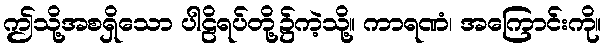
ဤသို့အစရှိသော ပါဠိရပ်တို့၌ကဲ့သို့။ ကာရဏံ၊ အကြောင်းကို။